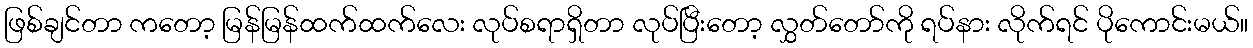
ဖြစ်ချင်တာ ကတော့ မြန်မြန်ထက်ထက်လေး လုပ်စရာရှိတာ လုပ်ပြီးတော့ လွှတ်တော်ကို ရပ်နား လိုက်ရင် ပိုကောင်းမယ်။